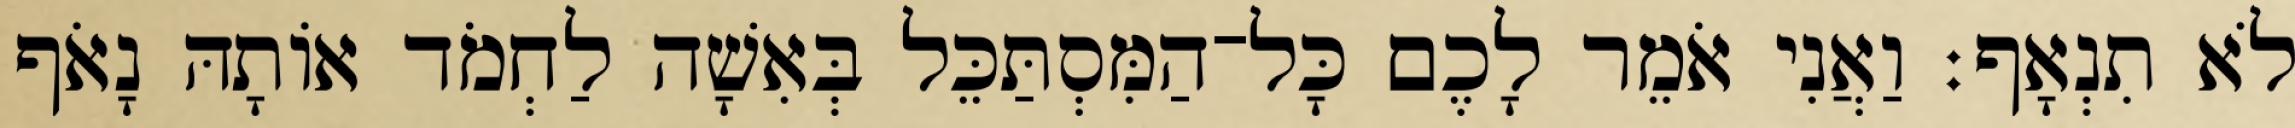
לֹא תִנְאָף׃ וַאֲנִי אֹמֵר לָכֶם כָּל־הַמִּסְתַּכֵּל בְּאִשָׁה לַחְמֹד אוֹתָהּ נָאֹף